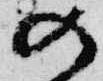
の